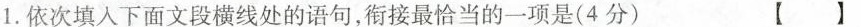
1. 依次填入下面文段横线处的语句，衔接最恰当的一项是(4分) 【】